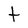
Character: t